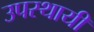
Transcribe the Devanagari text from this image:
उपस्‍थायी